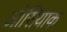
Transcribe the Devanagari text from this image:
ओसियाक